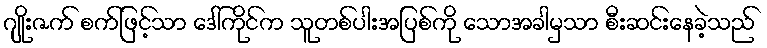
ဂျိုးဇက် စက်ဖြင့်သာ ဒေါ်ကိုင်က သူတစ်ပါးအပြစ်ကို သောအခါမှသာ စီးဆင်းနေခဲ့သည်